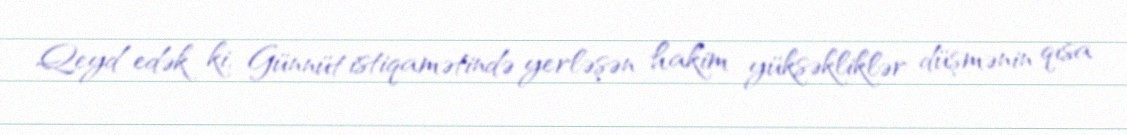
Qeyd edək ki, Günnüt istiqamətində yerləşən hakim yüksəkliklər düşmənin qısa